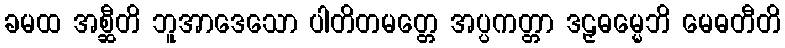
ခမထ အစ္ဆီတိ ဘူအာဒေသော ပါတိတမတ္တေ အပ္ပကတ္တာ ဒဠှဓမ္မေဘိ မေဓတီတိ